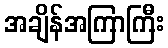
အချိန်အကြာကြီး